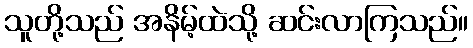
သူတို့သည် အနိမ့်ထဲသို့ ဆင်းလာကြသည်။